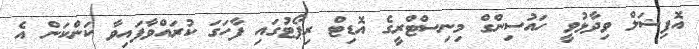
އޮފިޝަލް ވިދާޅުވީ ހައުސިންގް މިނިސްޓްރީގެ އޮޑިޓް ރިޕޯޓުގައި ފާހަގަ ކުރައްވާފައިވާ ކަންކަން އެ